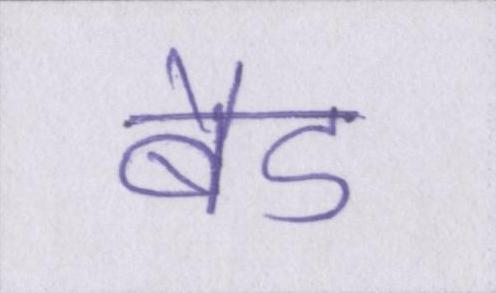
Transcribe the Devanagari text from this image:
बैड